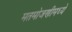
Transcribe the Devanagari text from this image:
मतमोजणीमध्ये